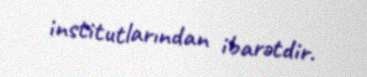
institutlarından ibarətdir.